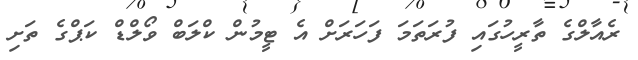
ރެއާލްގެ ތާރީހުގައި ފުރަތަމަ ފަހަރަށް އެ ޓީމުން ކްލަބް ވޯލްޑް ކަޕްގެ ތަށި